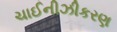
ચાઈનીઝીકરણ